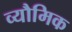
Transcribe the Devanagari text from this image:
व्यौमिक